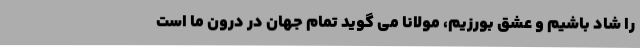
را شاد باشیم و عشق بورزیم، مولانا می گوید تمام جهان در درون ما است